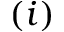
( i )